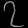
Digit: ၇